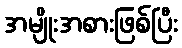
အမျိုးအစားဖြစ်ပြီး